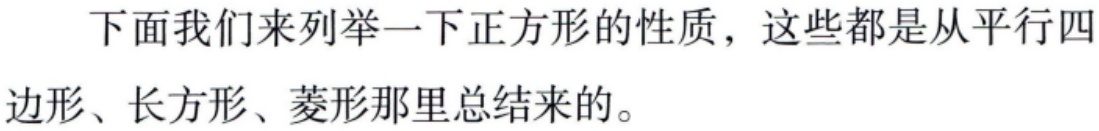
下面我们来列举一下正方形的性质，这些都是从平行四边形、长方形、菱形那里总结来的。